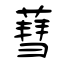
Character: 蔧